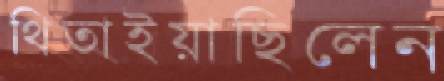
থিতাইয়াছিলেন